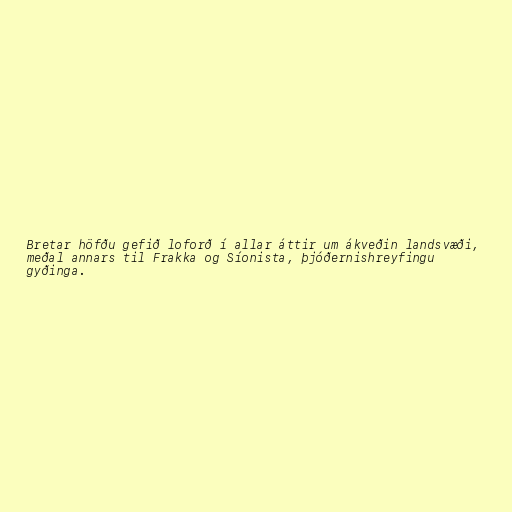
Bretar höfðu gefið loforð í allar áttir um ákveðin landsvæði,
meðal annars til Frakka og Síonista, þjóðernishreyfingu
gyðinga.